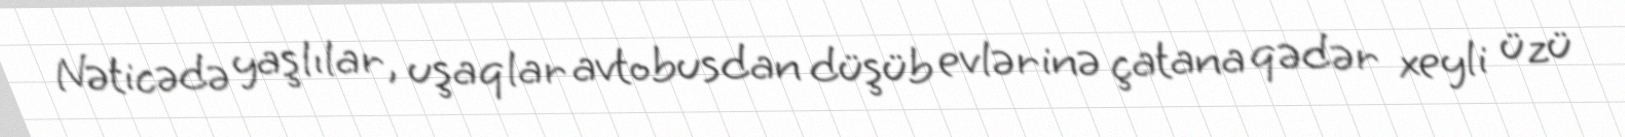
Nəticədə yaşlılar, uşaqlar avtobusdan düşüb evlərinə çatana qədər xeyli üzü